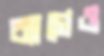
ব্যাগেও